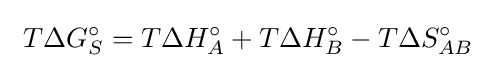
\ T\Delta G_{S}^{\circ }=T\Delta H_{A}^{\circ }+T\Delta H_{B}^{\circ }-T\Delta S_{AB}^{\circ }